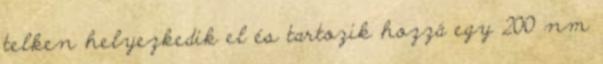
telken helyezkedik el és tartozik hozzá egy 200 nm